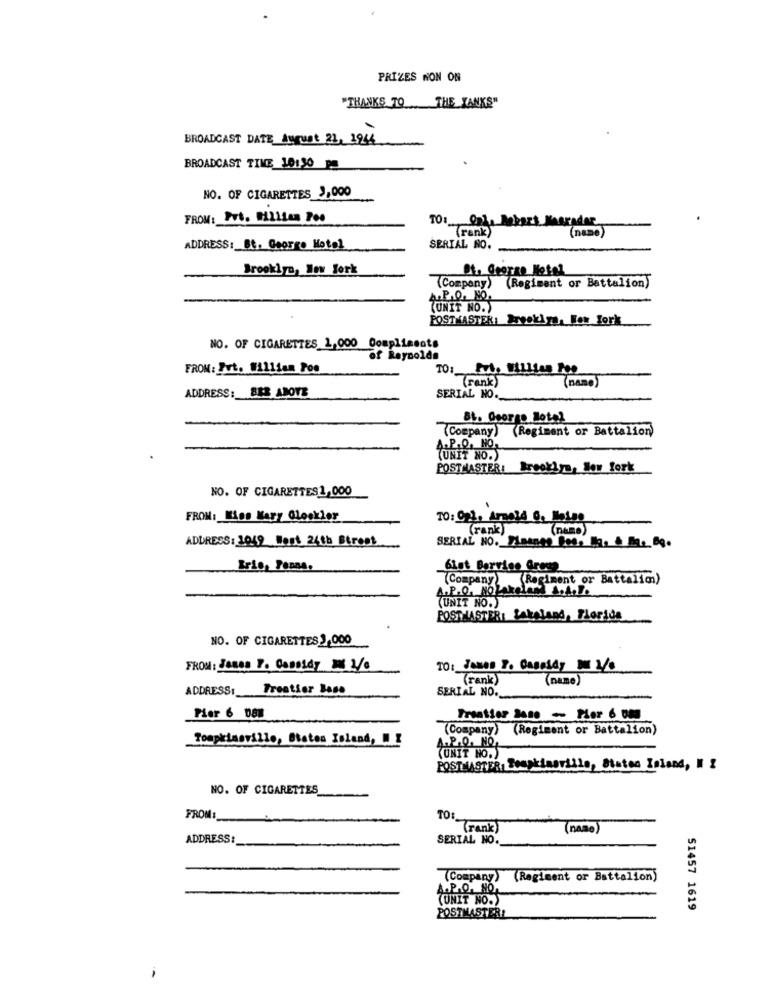
PRIZES NON ON
"THANKS TO THE YANKS"
BROADCAST DATE August 21, 3944
BROADCAST TIME 10130 DE
NO. OF CIGARETTES 2,000
FROM: Put. MILLan Pos
(rank)
(name)
ADDRESS: Bt, George Hotel
SERIAL NO.
Brooklyn, New York
Dt, George Hotel
(Company) (Regiment or Battalion)
(UNIT NO.)
POSTMASTER: Brooklya, New York
NO. OF CIGARETTES 1,000 Compliasots
of Reynolds
FROM: Fvt. William Poo
Trank
(name)
ADDRESS: BER ABOTE
SERIAL NO.
Bt. Georgs Hotel
(Company) (Regiment or Battalion)
A.P.Q. HO,
(UNIT NO.)
POSTMASTER: Brooklyn, New York
NO. OF CIGARETTES1, 000
FROM: Kiss Wary Gloskler
10: 021, Arnold 0, lo150
(rank)
(name)
ADDRESS: 1049 West 24th Street
SERIAL NO. PLaanes Bos, a. & B. Bg.
6ist Borvine Grees
(Company Regiment or Battalim)
A.P.O. NO LAkelAM T.A.D.
(UNIT NO.)
POSTMASTER: Lakeland, Florida
NO. OF CIGARETTES 3,000
FROM : Jenes F. ConDidy W 2/6
Trank
(name)
ADDRESS: Freation Base
SERIAL NO.
Pier 6 D8M
Freation Base - Flor 6 000
(Company) (Regiment or Battalion)
Tompkinsville, Staten Island, W !
A.P.O. NO,
(UNIT NO.)
POSTMASTER Tompkinsville, Bistes Island, M Z
NO. OF CIGARETTES
FROM:
TO (rank )
(name)
ADDRESS:
SERIAL NO.
(Company) (Regiment or Battalion)
A.P.O. NO.
(UNIT NO.)
51457 1619
POSTMASTER!